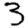
Digit: 3